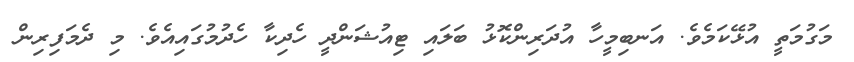
މަގުމަތީ އުޅޭކަމެވެ. އަނބިމީހާ އުދަރިންކޮޅު ބަލައި ޓިއުޝަންދީ ހެދިކާ ހެދުމުގައިއެވެ. މި ދެމަފިރިން